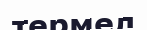
термел